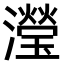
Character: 瀅